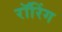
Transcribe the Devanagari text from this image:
रॉरिंग